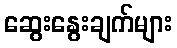
ဆွေးနွေးချက်များ